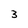
Character: 3